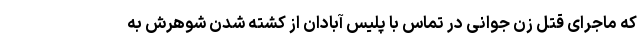
که ماجرای قتل زن جوانی در تماس با پلیس آبادان از کشته شدن شوهرش به